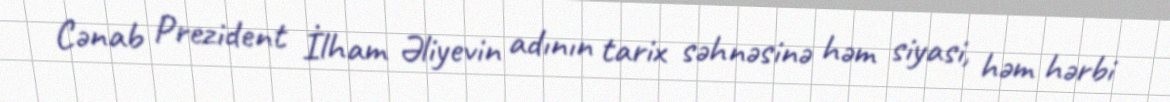
Cənab Prezident İlham Əliyevin adının tarix səhnəsinə həm siyasi, həm hərbi